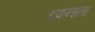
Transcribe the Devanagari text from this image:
दफ़नाता